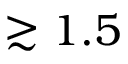
\gtrsim 1 . 5